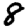
Digit: 8